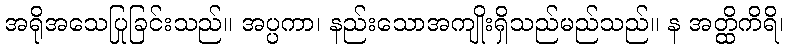
အရိုအသေပြုခြင်းသည်။ အပ္ပကာ၊ နည်းသောအကျိုးရှိသည်မည်သည်။ န အတ္ထိကိရိ၊